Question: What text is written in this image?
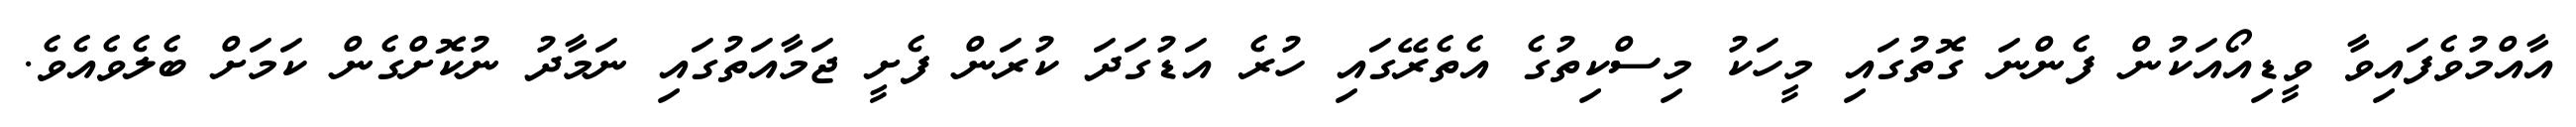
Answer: އާއްމުވެފައިވާ ވީޑިއޯއަކުން ފެންނަ ގޮތުގައި މީހަކު މިސްކިތުގެ އެތެރޭގައި ހުރެ އަޑުގަދަ ކުރަން ފެށީ ޖަމާއަތުގައި ނަމާދު ނުކޮށްގެން ކަމަށް ބެލެވެއެވެ.